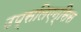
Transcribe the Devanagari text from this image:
उप्सलिएन्सिस